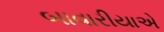
બાવારીયાએ